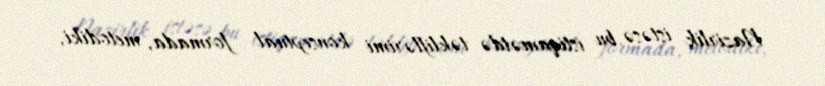
Nazirlik istəsə bu istiqamətdə təkliflərimi konseptual formada, metodiki,